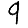
Digit: 9